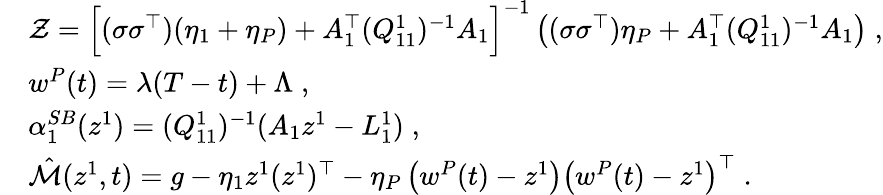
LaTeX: \begin{array}{rl}&{\mathcal{Z}=\Big[(\sigma\sigma^{\top})(\eta_{1}+\eta_{P})+A_{1}^{\top}(Q_{11}^{1})^{-1}A_{1}\Big]^{-1}\left((\sigma\sigma^{\top})\eta_{P}+A_{1}^{\top}(Q_{11}^{1})^{-1}A_{1}\right)\; ,}\\ &{w^{P}(t)=\lambda(T-t)+\Lambda\; ,}\\ &{{\alpha}_{1}^{SB}(z^{1})=(Q_{11}^{1})^{-1}(A_{1}z^{1}-L_{1}^{1})\; ,}\\ &{\hat{\mathcal{M}}(z^{1},t)=g-\eta_{1}z^{1}(z^{1})^{\top}-\eta_{P}\left(w^{P}(t)-z^{1}\right)\left(w^{P}(t)-z^{1}\right)^{\top}\; .}\end{array}